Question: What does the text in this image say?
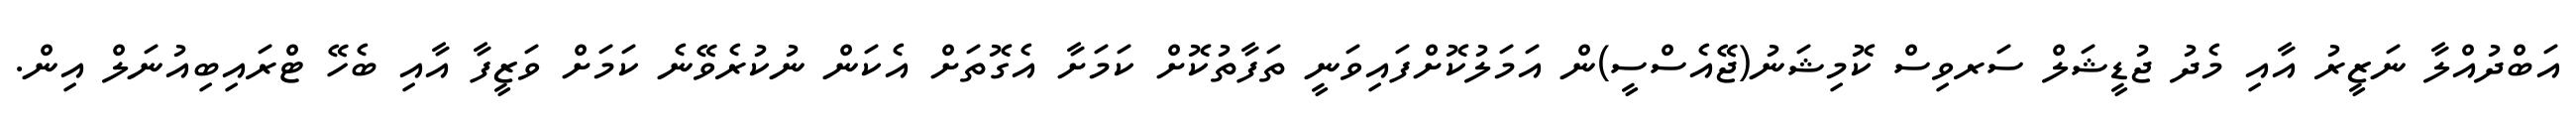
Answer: އަބްދުއްލާ ނަޒީރު އާއި މެދު ޖުޑީޝަލް ސަރވިސް ކޮމިޝަނު(ޖޭއެސްސީ)ން އަމަލުކޮށްފައިވަނީ ތަފާތުކޮށް ކަމަށާ އެގޮތަށް އެކަން ނުކުރެވޭނެ ކަމަށް ވަޒީފާ އާއި ބެހޭ ޓްރައިބިއުނަލް އިން.